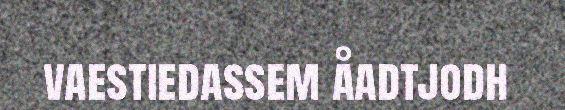
vaestiedassem åadtjodh